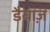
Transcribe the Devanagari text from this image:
डैयाज़